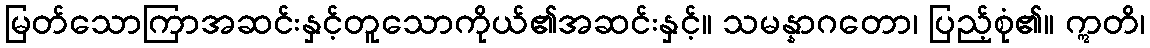
မြတ်သောကြာအဆင်းနှင့်တူသောကိုယ်၏အဆင်းနှင့်။ သမန္နာဂတော၊ ပြည့်စုံ၏။ ဣတိ၊